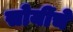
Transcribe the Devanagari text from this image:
सोयींचे